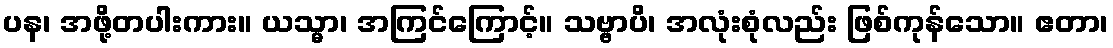
ပန၊ အဖို့တပါးကား။ ယသ္မာ၊ အကြင်ကြောင့်။ သဗ္ဗာပိ၊ အလုံးစုံလည်း ဖြစ်ကုန်သော။ ဧတာ၊